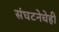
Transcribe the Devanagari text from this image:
संघटनेचेही